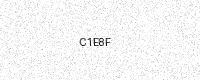
Text: C1E8F